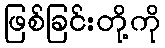
ဖြစ်ခြင်းတို့ကို